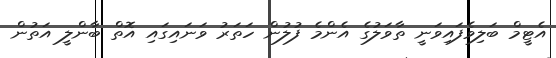
އެޓީމް ބަލިވެފައިވަނީ ތާވަލުގެ އެންމެ ފުލުން ހަތަރު ވަނައިގައި އޮތް ބާންލީ އަތުން